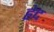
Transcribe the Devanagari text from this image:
हेद